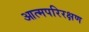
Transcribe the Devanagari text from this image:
आत्मपरिरक्षण